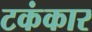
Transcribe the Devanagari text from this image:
टकंकार